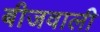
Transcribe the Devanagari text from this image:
बीजवाली